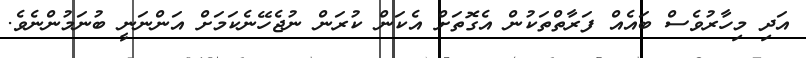
އަދި މިހާރުވެސް ބައެއް ފަރާތްތަކުން އެގޮތަށް އެކަން ކުރަން ނުޖެހޭނެކަމަށް އަންނަނީ ބުނަމުންނެވެ.